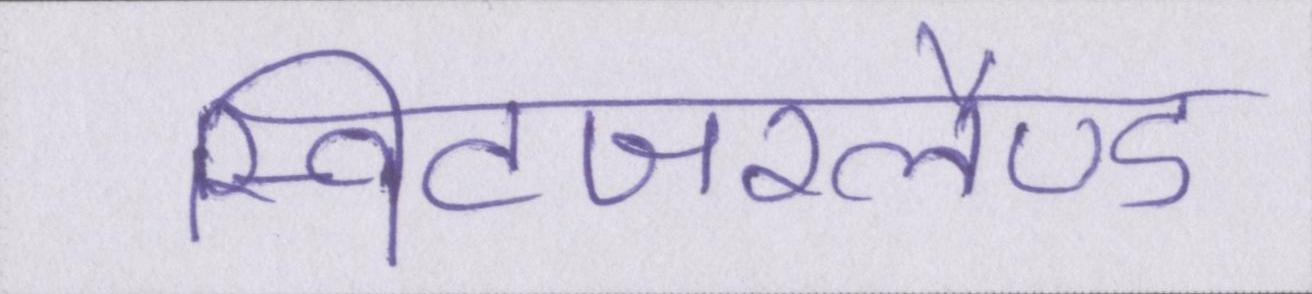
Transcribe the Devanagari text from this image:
स्विटजरलैण्ड